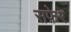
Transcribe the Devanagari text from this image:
सफ़ेर